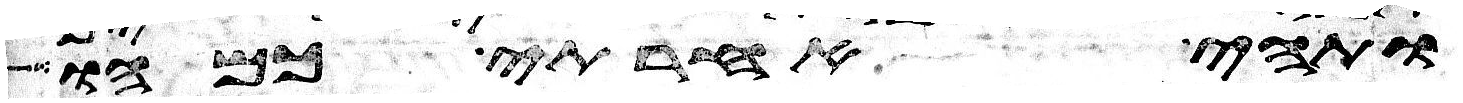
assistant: ותהי אחריתי כמהו